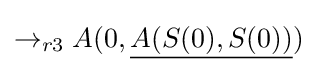
\rightarrow _{r3}A(0,{\underline {A(S(0),S(0))}})